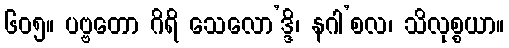
၆၀၅။ ပဗ္ဗတော ဂိရိ သေလော’ဒ္ဒိ၊ နဂါ’စလ၊ သိလုစ္စယာ။